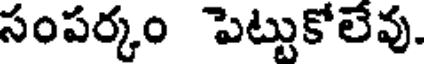
సంపర్కం పెట్టుకోలేవు.